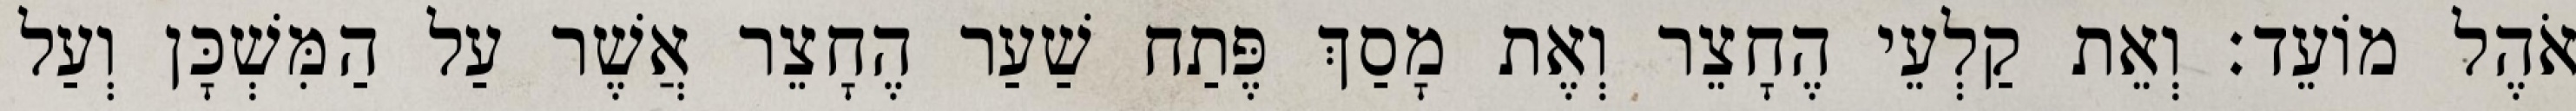
אֹהֶל מוֹעֵד׃ וְאֵת קַלְעֵי הֶחָצֵר וְאֶת מָסַךְ פֶּתַח שַׁעַר הֶחָצֵר אֲשֶׁר עַל הַמִּשְׁכָּן וְעַל